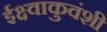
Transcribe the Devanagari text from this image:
ईक्ष्वाकुवंशी